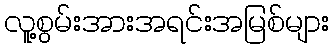
လူ့စွမ်းအားအရင်းအမြစ်များ